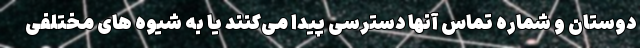
دوستان و شماره تماس آنها دسترسی پیدا می‌کنند یا به شیوه های مختلفی